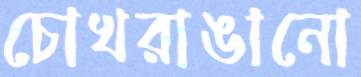
চোখরাঙানো